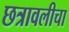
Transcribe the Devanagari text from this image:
छत्रावलीचा